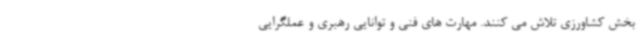
بخش کشاورزی تلاش می کنند. مهارت های فنی و توانایی رهبری و عملگرایی